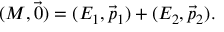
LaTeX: ( M , { \vec { 0 } } ) = ( E _ { 1 } , { \vec { p } } _ { 1 } ) + ( E _ { 2 } , { \vec { p } } _ { 2 } ) .